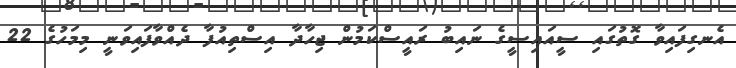
އެނގިފައިވާ ގޮތުގައި ސީއައިސީގެ ނައިބު ރައީސްކަމުން ޖިހާދާ އިސްތިއުފާ ދެއްވާފައިވަނީ މިމަހުގެ 22